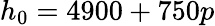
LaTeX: h_{0}=4900+750p